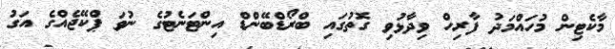
މާކެޓިން މުހައްމަދު ފާރިހް ވިދާޅުވި ގޮތުގައި ބްރޯޑްބޭންޑް އިންޓަނެޓުގެ ނުވަ ޕްކޭޖެއްގެ އަގު